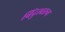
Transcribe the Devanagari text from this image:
बिंदुस्वरूप